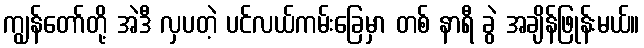
ကျွန်တော်တို့ အဲဒီ လှပတဲ့ ပင်လယ်ကမ်းခြေမှာ တစ် နာရီ ခွဲ အချိန်ဖြုန်းမယ်။